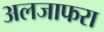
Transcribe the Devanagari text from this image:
अलजाफरा